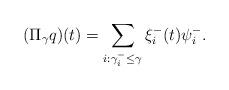
LaTeX: \begin{align*}(\Pi_\gamma q)(t)=\sum_{i:\gamma^-_i \le \gamma} \xi_i^-(t)\psi_i^-.\end{align*}